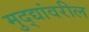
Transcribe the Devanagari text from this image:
मुद्द्यांवरील